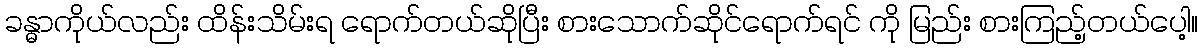
ခန္ဓာကိုယ်လည်း ထိန်းသိမ်းရ ရောက်တယ်ဆိုပြီး စားသောက်ဆိုင်ရောက်ရင် ကို မြည်း စားကြည့်တယ်ပေါ့။